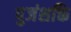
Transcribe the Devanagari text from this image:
पुजंशक्ति